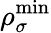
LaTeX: \rho_{\sigma}^{\mathrm{min}}